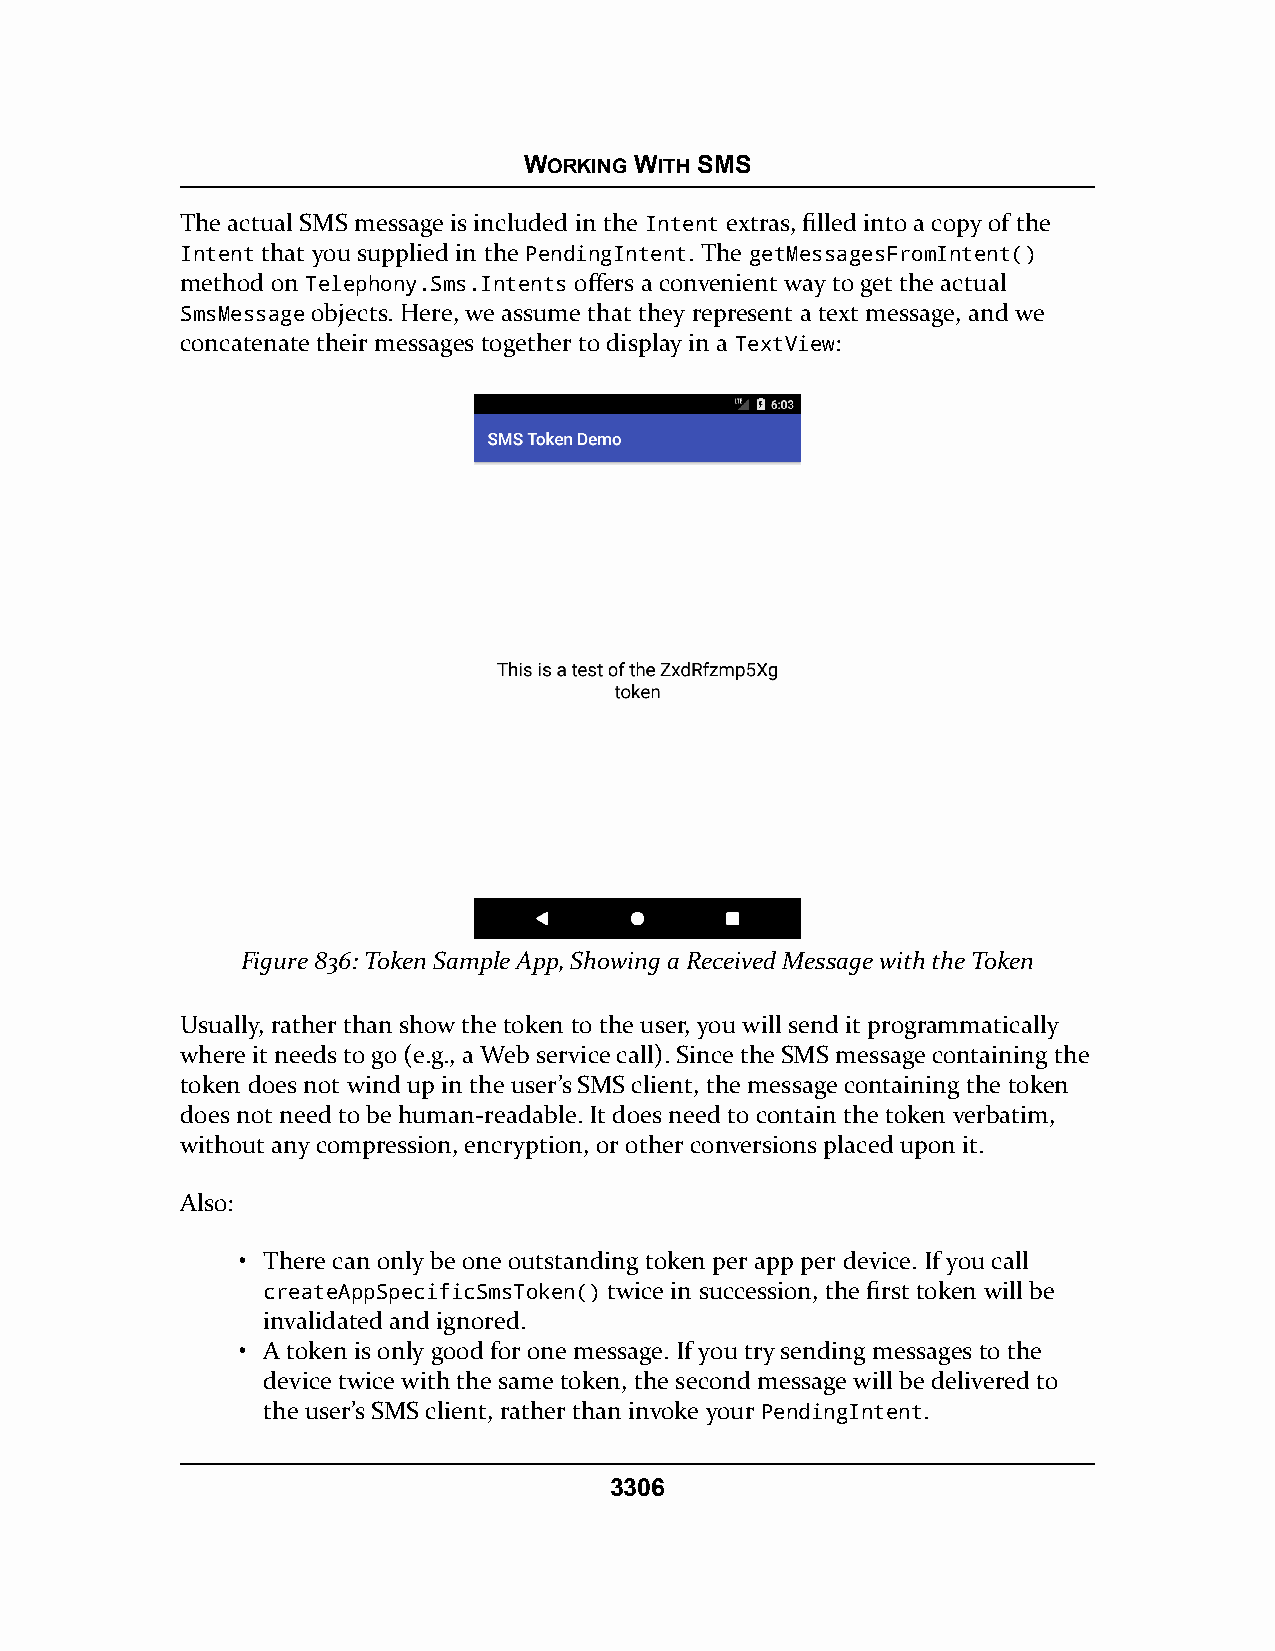
WORKING WITH SMS
 The actual SMS message is included in the Intent extras, filled into a copy of the
 Intent that you supplied in the PendingIntent. The getMessagesFromIntent()
 method on Telephony.Sms.Intents offers a convenient way to get the actual
 SmsMessage objects. Here, we assume that they represent a text message, and we
 concatenate their messages together to display in a TextView:
 Figure 836: Token Sample App, Showing a Received Message with the Token
 Usually, rather than show the token to the user, you will send it programmatically
 where it needs to go (e.g., a Web service call). Since the SMS message containing the
 token does not wind up in the user’s SMS client, the message containing the token
 does not need to be human-readable. It does need to contain the token verbatim,
 without any compression, encryption, or other conversions placed upon it.
 Also:
 • There can only be one outstanding token per app per device. If you call
 createAppSpecificSmsToken() twice in succession, the first token will be
 invalidated and ignored.
 • A token is only good for one message. If you try sending messages to the
 device twice with the same token, the second message will be delivered to
 the user’s SMS client, rather than invoke your PendingIntent.
 3306